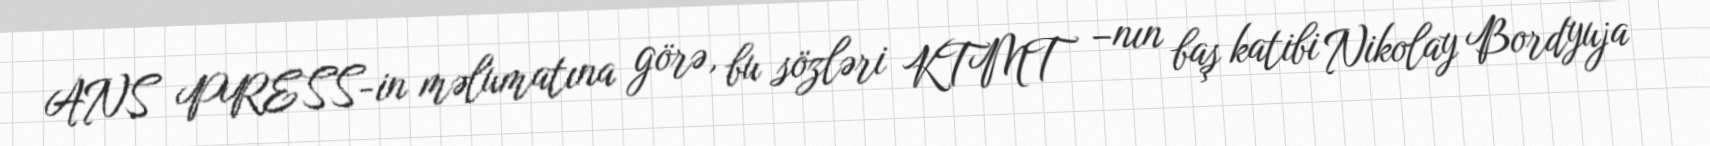
ANS PRESS-in məlumatına görə, bu sözləri KTMT –nın baş katibi Nikolay Bordyuja